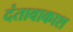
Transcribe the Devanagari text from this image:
दंतावाकाश